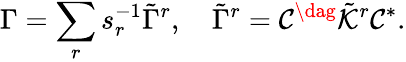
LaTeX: \Gamma=\sum_{r}s_{r}^{-1}\tilde{\Gamma}^{r},\quad\tilde{\Gamma}^{r}=\mathcal{C}^{\dag}\tilde{\mathcal{K}}^{r}\mathcal{C}^{*}.